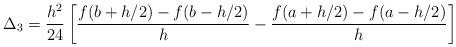
LaTeX: \begin{align*} \Delta_3=\frac{h^2}{24} \left[ \frac{f(b+h/2)-f(b-h/2)}{h} - \frac{f(a+h/2)-f(a-h/2)}{h} \right]\end{align*}